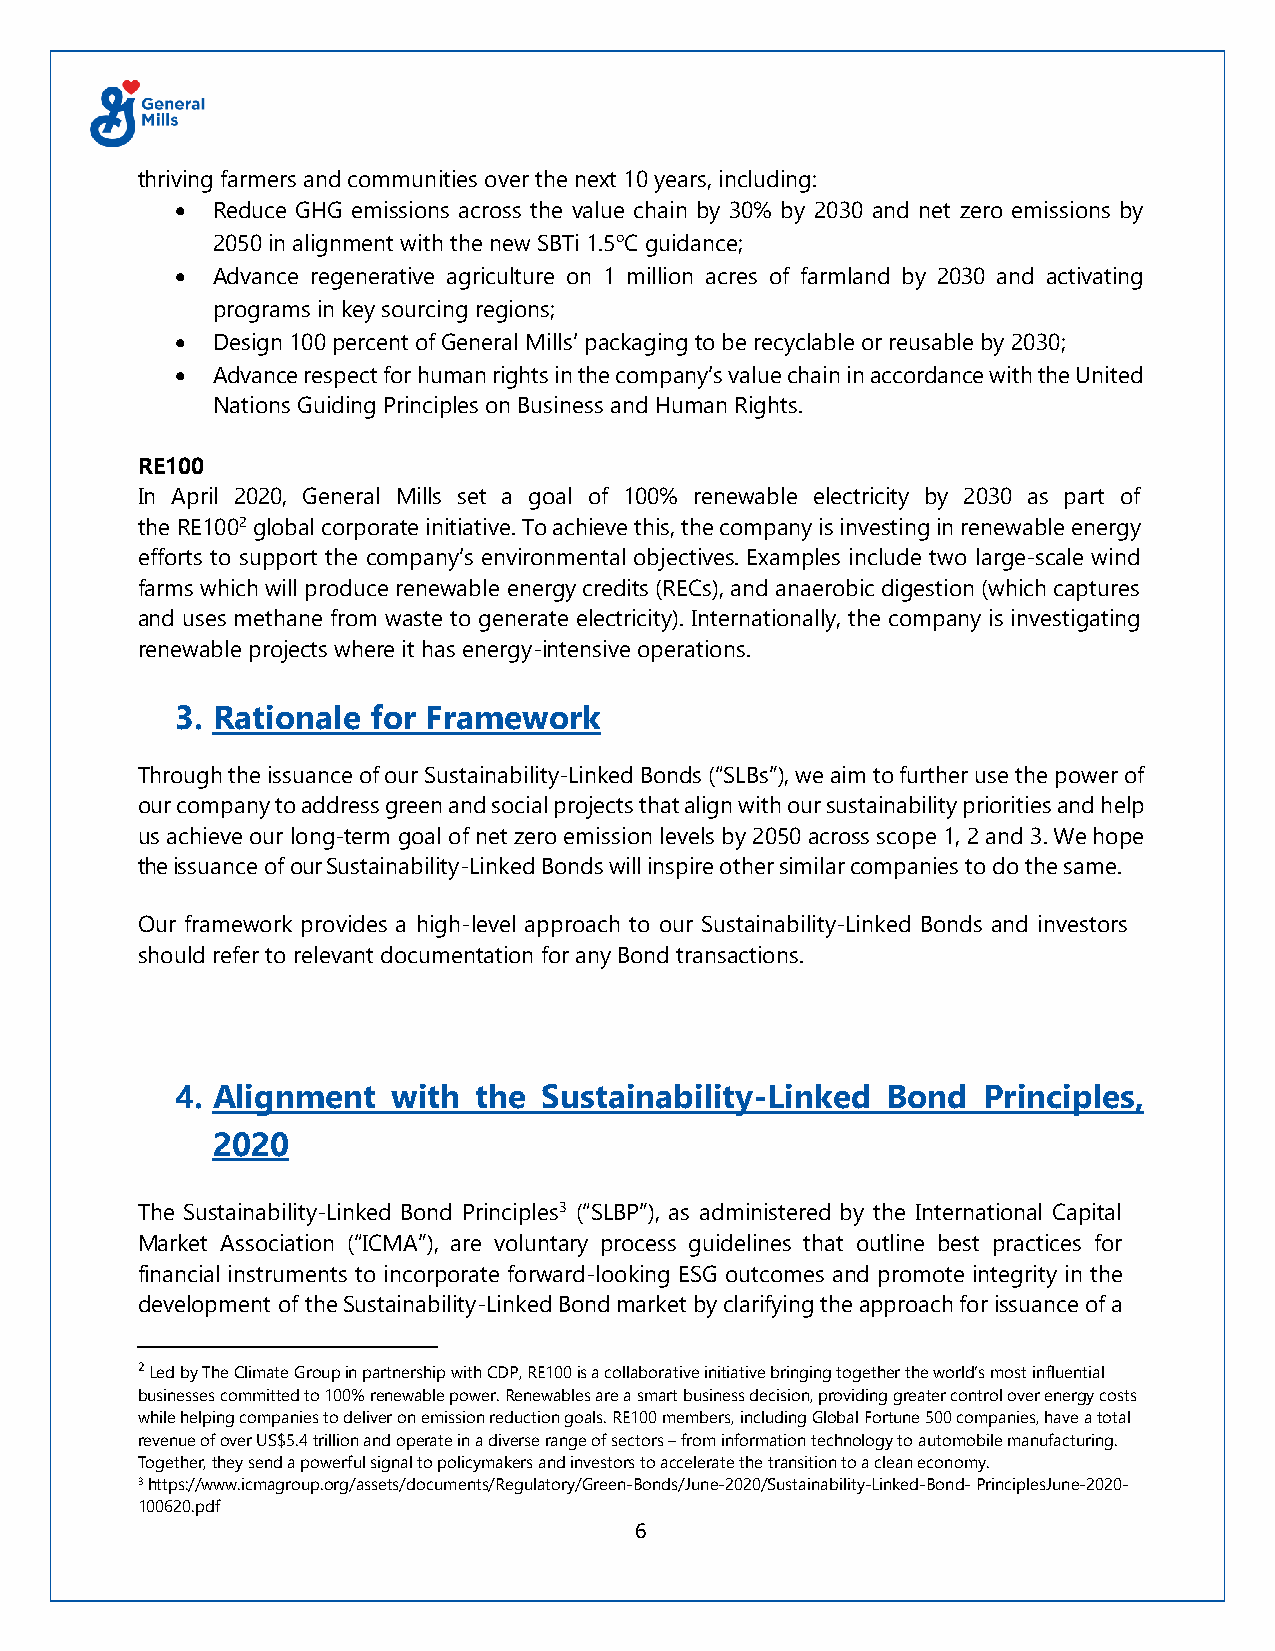
thriving farmers and communities over the next 10 years, including:
 • Reduce GHG emissions across the value chain by 30% by 2030 and net zero emissions by
 2050 in alignment with the new SBTi 1.5oC guidance;
 • Advance regenerative agriculture on 1 million acres of farmland by 2030 and activating
 programs in key sourcing regions;
 • Design 100 percent of General Mills’ packaging to be recyclable or reusable by 2030;
 • Advance respect for human rights in the company’s value chain in accordance with the United
 Nations Guiding Principles on Business and Human Rights.
 RE100
 In April 2020, General Mills set a goal of 100% renewable electricity by 2030 as part of
 the RE1002 global corporate initiative. To achieve this, the company is investing in renewable energy
 efforts to support the company’s environmental objectives. Examples include two large-scale wind
 farms which will produce renewable energy credits (RECs), and anaerobic digestion (which captures
 and uses methane from waste to generate electricity). Internationally, the company is investigating
 renewable projects where it has energy-intensive operations.
 3. Rationale for Framework
 Through the issuance of our Sustainability-Linked Bonds (“SLBs”), we aim to further use the power of
 our company to address green and social projects that align with our sustainability priorities and help
 us achieve our long-term goal of net zero emission levels by 2050 across scope 1, 2 and 3. We hope
 the issuance of our Sustainability-Linked Bonds will inspire other similar companies to do the same.
 Our framework provides a high-level approach to our Sustainability-Linked Bonds and investors
 should refer to relevant documentation for any Bond transactions.
 4. Alignment  with  the Sustainability-Linked  Bond  Principles,
 2020
 The Sustainability-Linked Bond Principles3 (“SLBP”), as administered by the International Capital
 Market Association (“ICMA”), are voluntary process guidelines that outline best practices for
 financial instruments to incorporate forward-looking ESG outcomes and promote integrity in the
 development of the Sustainability-Linked Bond market by clarifying the approach for issuance of a
 2 Led by The Climate Group in partnership with CDP, RE100 is a collaborative initiative bringing together the world’s most influential
 businesses committed to 100% renewable power. Renewables are a smart business decision, providing greater control over energy costs
 while helping companies to deliver on emission reduction goals. RE100 members, including Global Fortune 500 companies, have a total
 revenue of over US$5.4 trillion and operate in a diverse range of sectors – from information technology to automobile manufacturing.
 Together, they send a powerful signal to policymakers and investors to accelerate the transition to a clean economy.
 3 https://www.icmagroup.org/assets/documents/Regulatory/Green-Bonds/June-2020/Sustainability-Linked-Bond- PrinciplesJune-2020-
 100620.pdf
 6